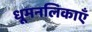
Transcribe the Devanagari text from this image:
धूमनलिकाएँ